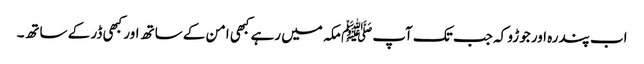
اب پندرہ اور جوڑو کہ جب تک آپﷺ مکہ میں رہے کبھی امن کے ساتھ اور کبھی ڈر کے ساتھ۔